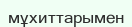
мұхиттарымен